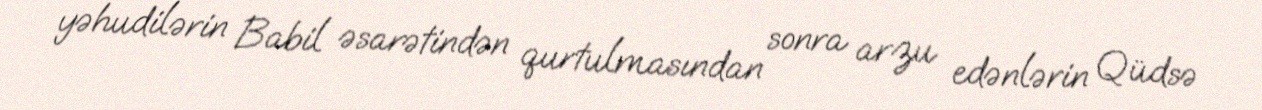
yəhudilərin Babil əsarətindən qurtulmasından sonra arzu edənlərin Qüdsə